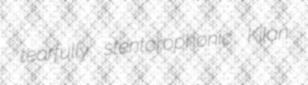
tearfully stentorophonic Kilan